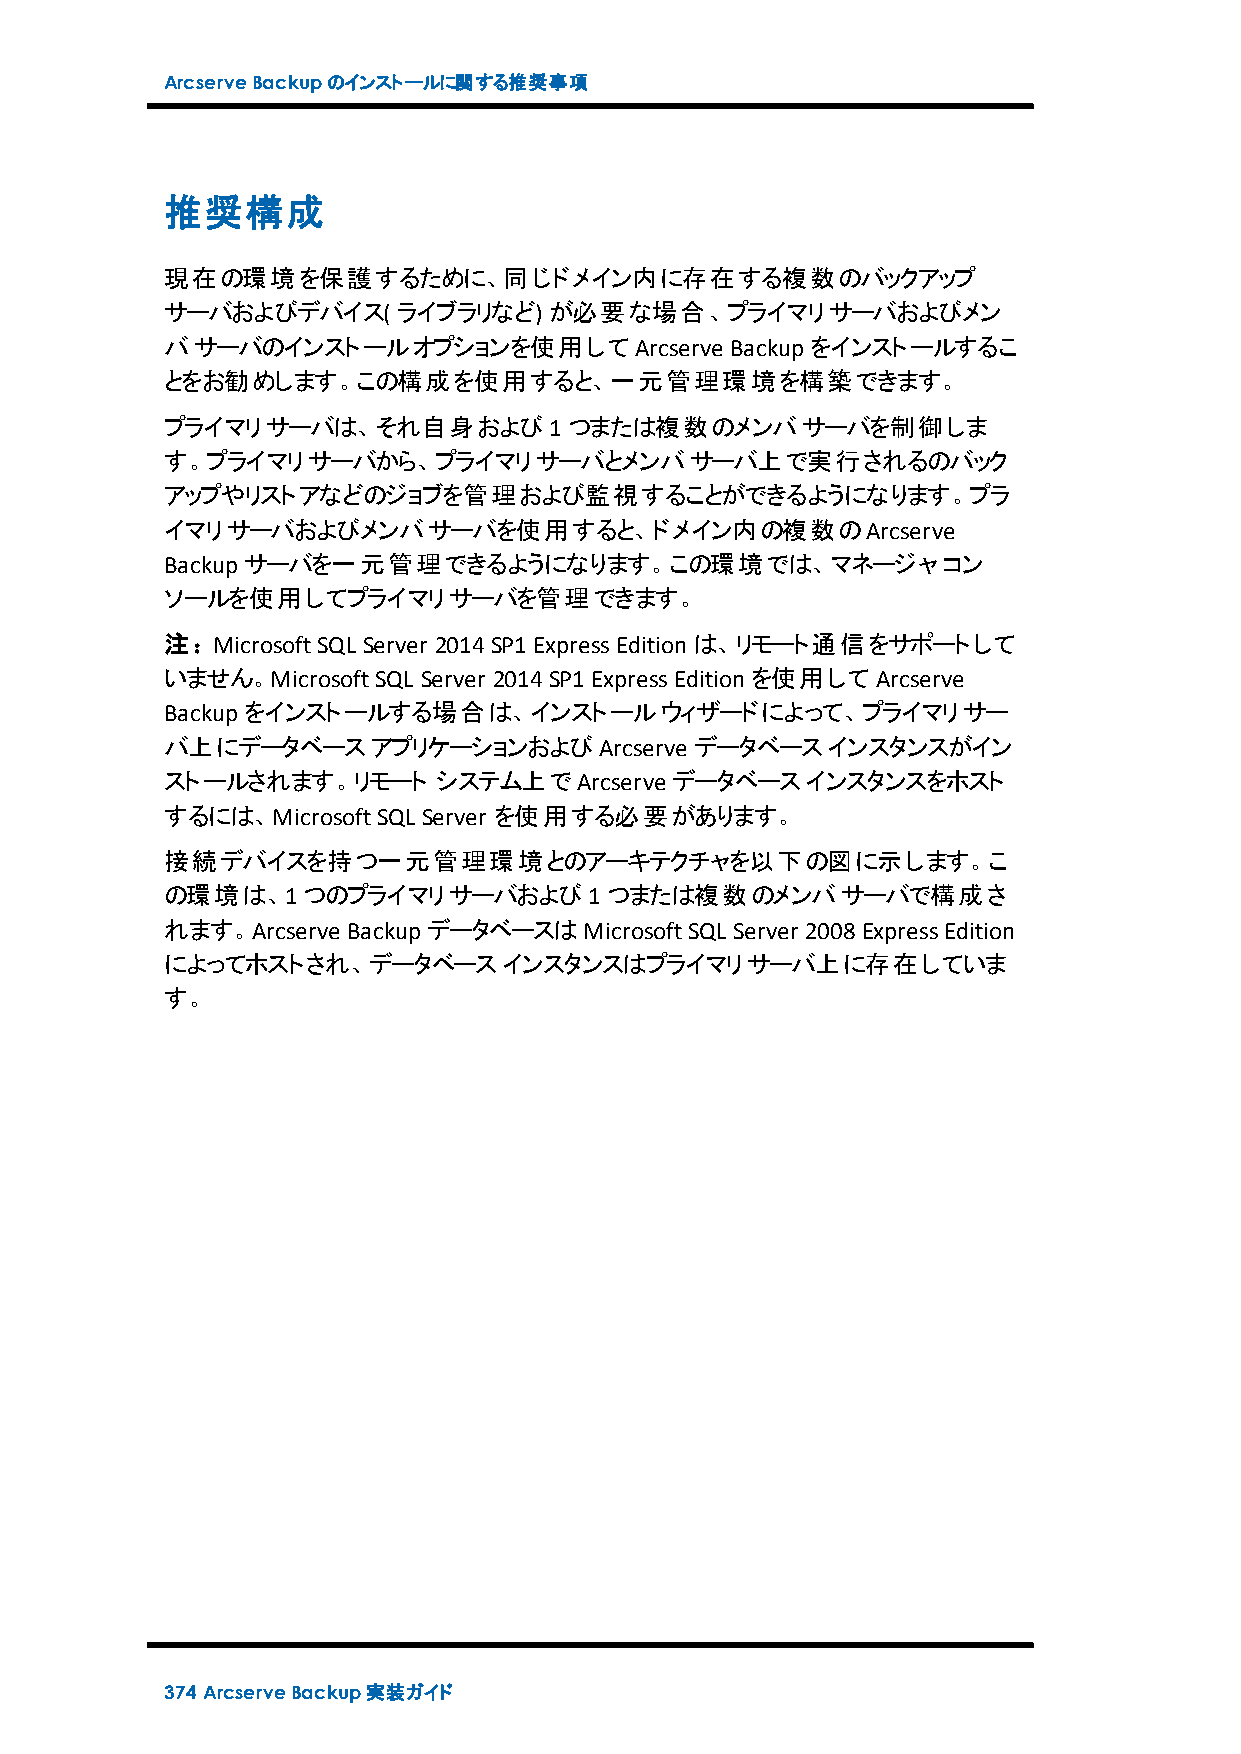
ArcserveBackupのインストールに関する推奨事項
 推奨構成
 現在の環境を保護するために、同じドメイン内に存在する複数のバックアップ
 サーバおよびデバイス(    ライブラリなど)  が必要な場合、プライマリサーバおよびメン
 バサーバのインストールオプションを使用してArcserve        Backupをインストールするこ
 とをお勧めします。この構成を使用すると、一元管理環境を構築できます。
 プライマリサーバは、それ自身および1つまたは複数のメンバサーバを制御しま
 す。プライマリサーバから、プライマリサーバとメンバサーバ上で実行されるのバック
 アップやリストアなどのジョブを管理および監視することができるようになります。プラ
 イマリサーバおよびメンバサーバを使用すると、ドメイン内の複数のArcserve
 Backupサーバを一元管理できるようになります。この環境では、マネージャコン
 ソールを使用してプライマリサーバを管理できます。
 注：MicrosoftSQL Server 2014SP1ExpressEditionは、リモート通信をサポートして
 いません。MicrosoftSQL Server 2014SP1ExpressEditionを使用してArcserve
 Backupをインストールする場合は、インストールウィザードによって、プライマリサー
 バ上にデータベースアプリケーションおよびArcserve       データベースインスタンスがイン
 ストールされます。リモート     システム上でArcserve データベースインスタンスをホスト
 するには、MicrosoftSQL Server を使用する必要があります。
 接続デバイスを持つ一元管理環境とのアーキテクチャを以下の図に示します。こ
 の環境は、1つのプライマリサーバおよび1つまたは複数のメンバサーバで構成さ
 れます。Arcserve BackupデータベースはMicrosoftSQL Server 2008ExpressEdition
 によってホストされ、データベースインスタンスはプライマリサーバ上に存在していま
 す。
 374 ArcserveBackup実装ガイド